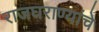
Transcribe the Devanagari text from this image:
राजघराण्यांचे